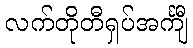
လက်တိုတီရှပ်အင်္ကျီ